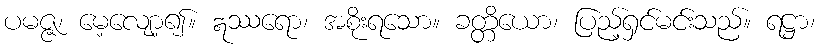
ပမဇ္ဇ၊ မေ့လျော့၍။ ဣဿရော၊ အစိုးရသော။ ခတ္တိယော၊ ပြည့်ရှင်မင်းသည်။ ရဋ္ဌာ၊